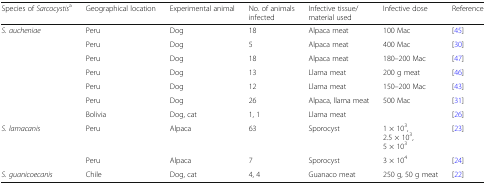
<table><thead><tr><td><b>Species of <i>Sarcocystis</i><sup>a</sup></b></td><td><b>Geographical location</b></td><td><b>Experimental animal</b></td><td><b>No. of animals infected</b></td><td><b>Infective tissue/material used</b></td><td><b>Infective dose</b></td><td><b>Reference</b></td></tr></thead><tbody><tr><td rowspan="7"><i>S. aucheniae</i></td><td>Peru</td><td>Dog</td><td>18</td><td>Alpaca meat</td><td>100 Mac</td><td>[45]</td></tr><tr><td>Peru</td><td>Dog</td><td>5</td><td>Alpaca meat</td><td>400 Mac</td><td>[30]</td></tr><tr><td>Peru</td><td>Dog</td><td>18</td><td>Alpaca meat</td><td>180–200 Mac</td><td>[47]</td></tr><tr><td>Peru</td><td>Dog</td><td>13</td><td>Llama meat</td><td>200 g meat</td><td>[46]</td></tr><tr><td>Peru</td><td>Dog</td><td>12</td><td>Llama meat</td><td>150–200 Mac</td><td>[43]</td></tr><tr><td>Peru</td><td>Dog</td><td>26</td><td>Alpaca, llama meat</td><td>500 Mac</td><td>[31]</td></tr><tr><td>Bolivia</td><td>Dog, cat</td><td>1, 1</td><td>Llama meat</td><td></td><td>[26]</td></tr><tr><td><i>S. lamacanis</i></td><td>Peru</td><td>Alpaca</td><td>63</td><td>Sporocyst</td><td>1 × 10<sup>3</sup>,2.5 × 10<sup>3</sup>,5 × 10<sup>3</sup></td><td>[23]</td></tr><tr><td></td><td>Peru</td><td>Alpaca</td><td>7</td><td>Sporocyst</td><td>3 × 10<sup>4</sup></td><td>[24]</td></tr><tr><td><i>S. guanicoecanis</i></td><td>Chile</td><td>Dog, cat</td><td>4, 4</td><td>Guanaco meat</td><td>250 g, 50 g meat</td><td>[22]</td></tr></tbody></table>